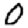
Digit: 0